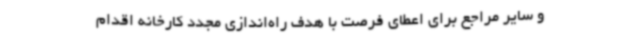
و سایر مراجع برای اعطای فرصت با هدف راه‌اندازی مجدد کارخانه اقدام